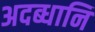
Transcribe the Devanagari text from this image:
अदब्धानि